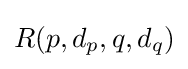
R(p,d_{p},q,d_{q})